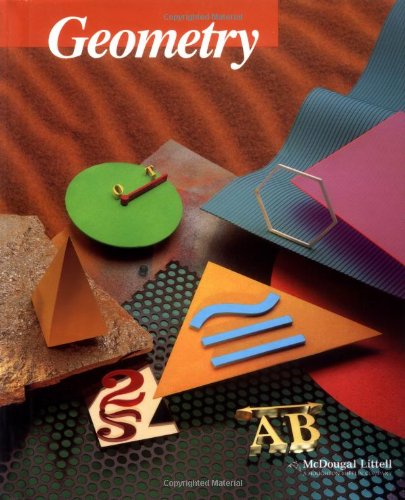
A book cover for Geometry (McDougal Littell Jurgensen Geometry); Ray C. Jurgensen; Science & Math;